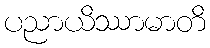
ပညာယိဿာမာတိ